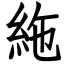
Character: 絁